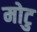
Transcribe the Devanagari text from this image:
मोटु